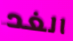
الغد